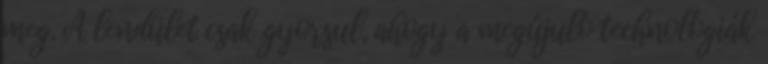
meg. A lendület csak gyorsul, ahogy a megújuló technológiák